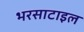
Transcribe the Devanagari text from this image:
भरसाटाइल